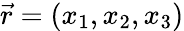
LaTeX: \vec{r}=(x_{1},x_{2},x_{3})